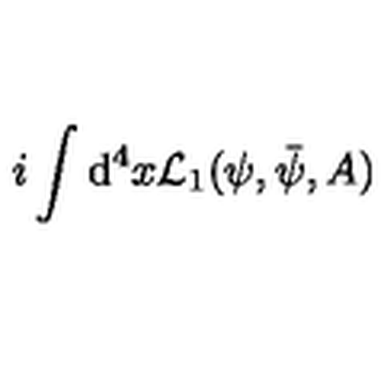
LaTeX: i \int \mathrm { d } ^ { 4 } x { \cal L } _ { 1 } ( \psi , \bar { \psi } , A )